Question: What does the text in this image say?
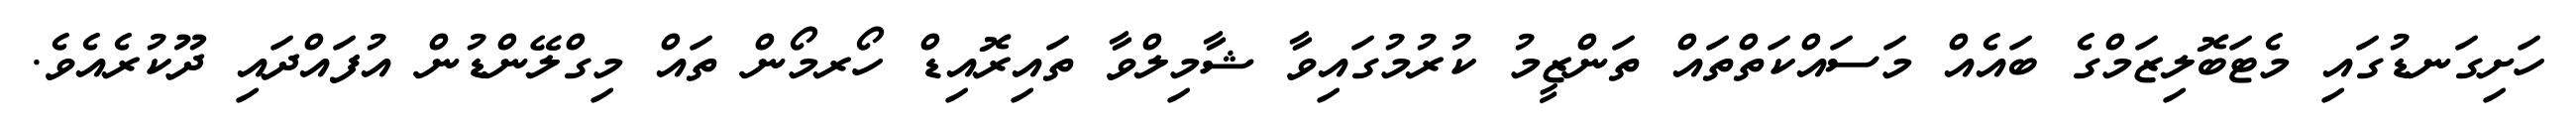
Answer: ހަށިގަނޑުގައި މެޓަބޮލިޒަމްގެ ބައެއް މަސައްކަތްތައް ތަންޒީމު ކުރުމުގައިވާ ޝާމިލްވާ ތައިރޮއިޑް ހޯރމޯން ތައް މިގްލޭންޑުން އުފައްދައި ދޫކުރެއެވެ.